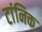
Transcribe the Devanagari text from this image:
टांनिक